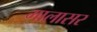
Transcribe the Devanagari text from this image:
मालासर